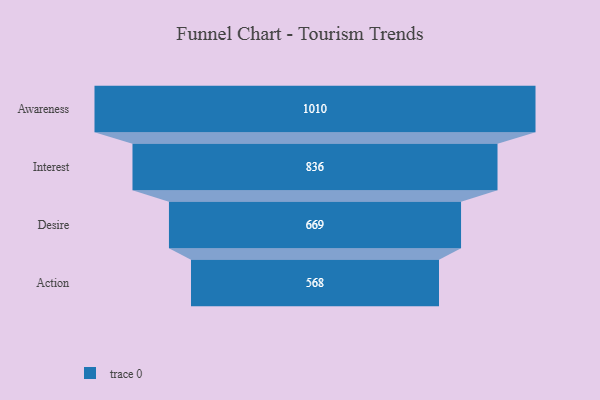
{"axis": {"x": "Stage", "y": "Value"}, "legend": [""], "data": [{"x": "Awareness", "y": 1010.0, "type": ""}, {"x": "Interest", "y": 836.0, "type": ""}, {"x": "Desire", "y": 669.0, "type": ""}, {"x": "Action", "y": 568.0, "type": ""}]}